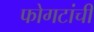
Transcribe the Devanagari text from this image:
फोगटांची